Leaving Certificate Examination (including Day School Certificate (Higher) General paper), 1931
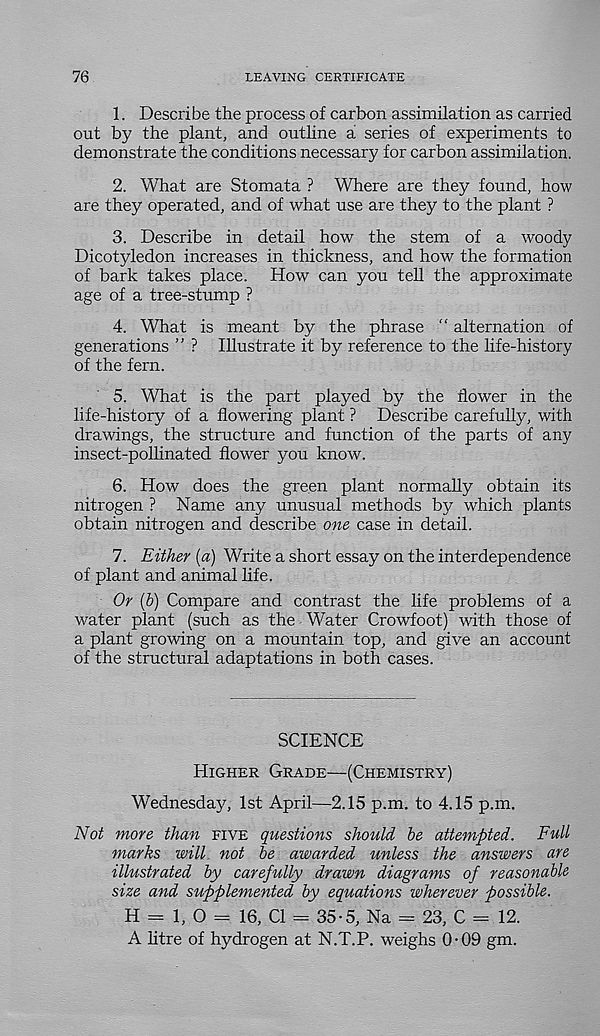
76
LEAVING CERTIFICATE
1. Describe the process of carbon assimilation as carried
ont by the plant, and outhne a series of experiments to
demonstrate the conditions necessary for carbon assimilation.
2. What are Stomata ? Where are they found, how
are they operated, and of what use are they to the plant ?
3. Describe in detail how the stem of a woody
Dicotyledon increases in thickness, and how the formation
of bark takes place. How can you tell the approximate
age of a tree-stump ?
4. What is meant by the phrase “ alternation of
generations ” ? Illustrate it by reference to the life-history
of the fern.
5. What is the part played by the flower in the
life-history of a flowering plant ? Describe carefully, with
drawings, the structure and function of the parts of any
insect-pollinated flower you know.
6. How does the green plant normally obtain its
nitrogen ? Name any unusual methods by which plants
obtain nitrogen and describe one case in detail.
7. Either (a) Write a short essay on the interdependence
of plant and animal life.
Or (6) Compare and contrast the life problems of a
water plant (such as the Water Crowfoot) with those of
a plant growing on a mountain top, and give an account
of the structural adaptations in both cases.
SCIENCE
Higher Grade—(Chemistry)
Wednesday, 1st April—2.15 p.m. to 4.15 p.m.
Not more than five questions should be attempted. Full
marks will, not be awarded unless the answers are
illustrated by carefully drawn diagrams of reasonable
size and supplemented by equations wherever possible.
H = 1, O = 16, Cl = 35-5, Na = 23, C = 12.
A litre of hydrogen at N.T.P. weighs 0-09 gm.